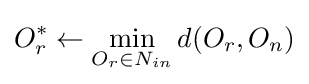
O_{r}^{*}\gets \min _{O_{r}\in N_{in}}d(O_{r},O_{n})